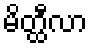
မိတ္ထီလာ